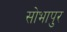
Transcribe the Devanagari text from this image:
सोभापुर